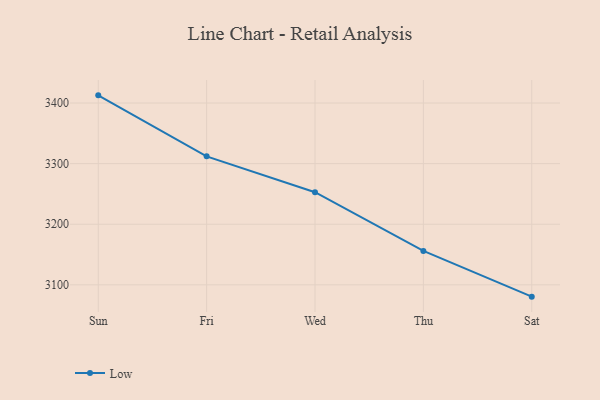
{"axis": {"x": "Day", "y": "Tickets Resolved"}, "legend": ["Low"], "data": [{"x": "Sun", "y": 3412.7, "type": "Low"}, {"x": "Fri", "y": 3312.0, "type": "Low"}, {"x": "Wed", "y": 3252.8, "type": "Low"}, {"x": "Thu", "y": 3156.0, "type": "Low"}, {"x": "Sat", "y": 3080.5, "type": "Low"}]}